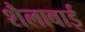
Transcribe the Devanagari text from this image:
शैलाबाई